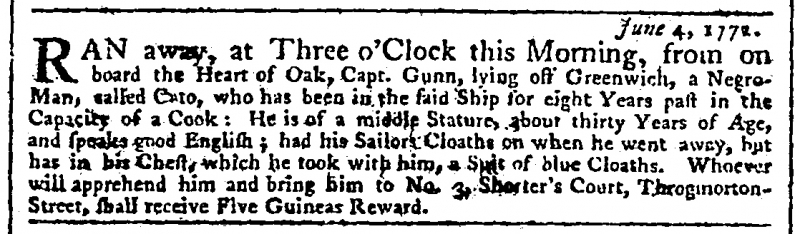
Daily Advertiser, 6 June 1772 (England)
                                                     June 4, 1772.RAN away, at Three o’Clock this Morning, from on board the Heart of Oak, Capt. Gunn, lying off Greenwich, a Negro-Man, called Cato, who has been in the said Ship for eight Years past in the Capacity of a Cook: He is of a middle Stature, about thirty Years of Age, and speaks good English; had his Sailors Cloaths on when he went away, but has in his Chest, which he took with him, a Suit of blue Cloaths. Whoever will apprehend him and bring him to No. 3, Shorter’s Court, Throgmorton-Street, shall receive Five Guineas Reward.